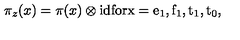
\pi _ { z } ( x ) = \pi ( x ) \otimes \mathrm { i d } \mathrm { f o r x = e _ 1 , f _ 1 , t _ 1 , t _ 0 } ,